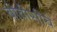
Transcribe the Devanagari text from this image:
बीबीसीचे